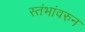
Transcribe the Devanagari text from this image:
स्तंभांवरुन